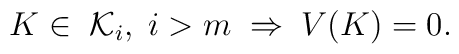
K\in\;{\cal K}_{i},\;i>m\;\Rightarrow\;V(K)=0.